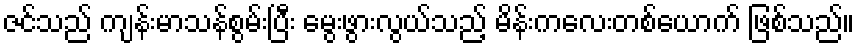
ဇင်သည် ကျန်းမာသန်စွမ်းပြီး မွေးဖွားလွယ်သည့် မိန်းကလေးတစ်ယောက် ဖြစ်သည်။